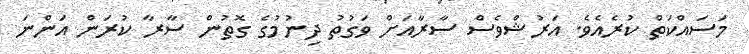
މަސައްކަތް ކުރެއެވެ. އަރުޝްވެސް ސާރާއަށް ވަގުތު ދިނުމުގެ ގޮތުން ސާރާ ކުރަން އަންނަ